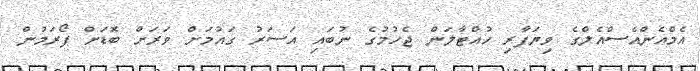
އެމްއެންއެސްއެލްގެ ވިޔަފާރި ހުއްޓާލަން ޖެހުމުގެ ނުބައި އަސަރު ގައުމަށް ވަރަށް ބޮޑަށް ފޯރަމުން